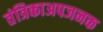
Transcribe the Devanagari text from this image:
तंत्रिकाअपजनक